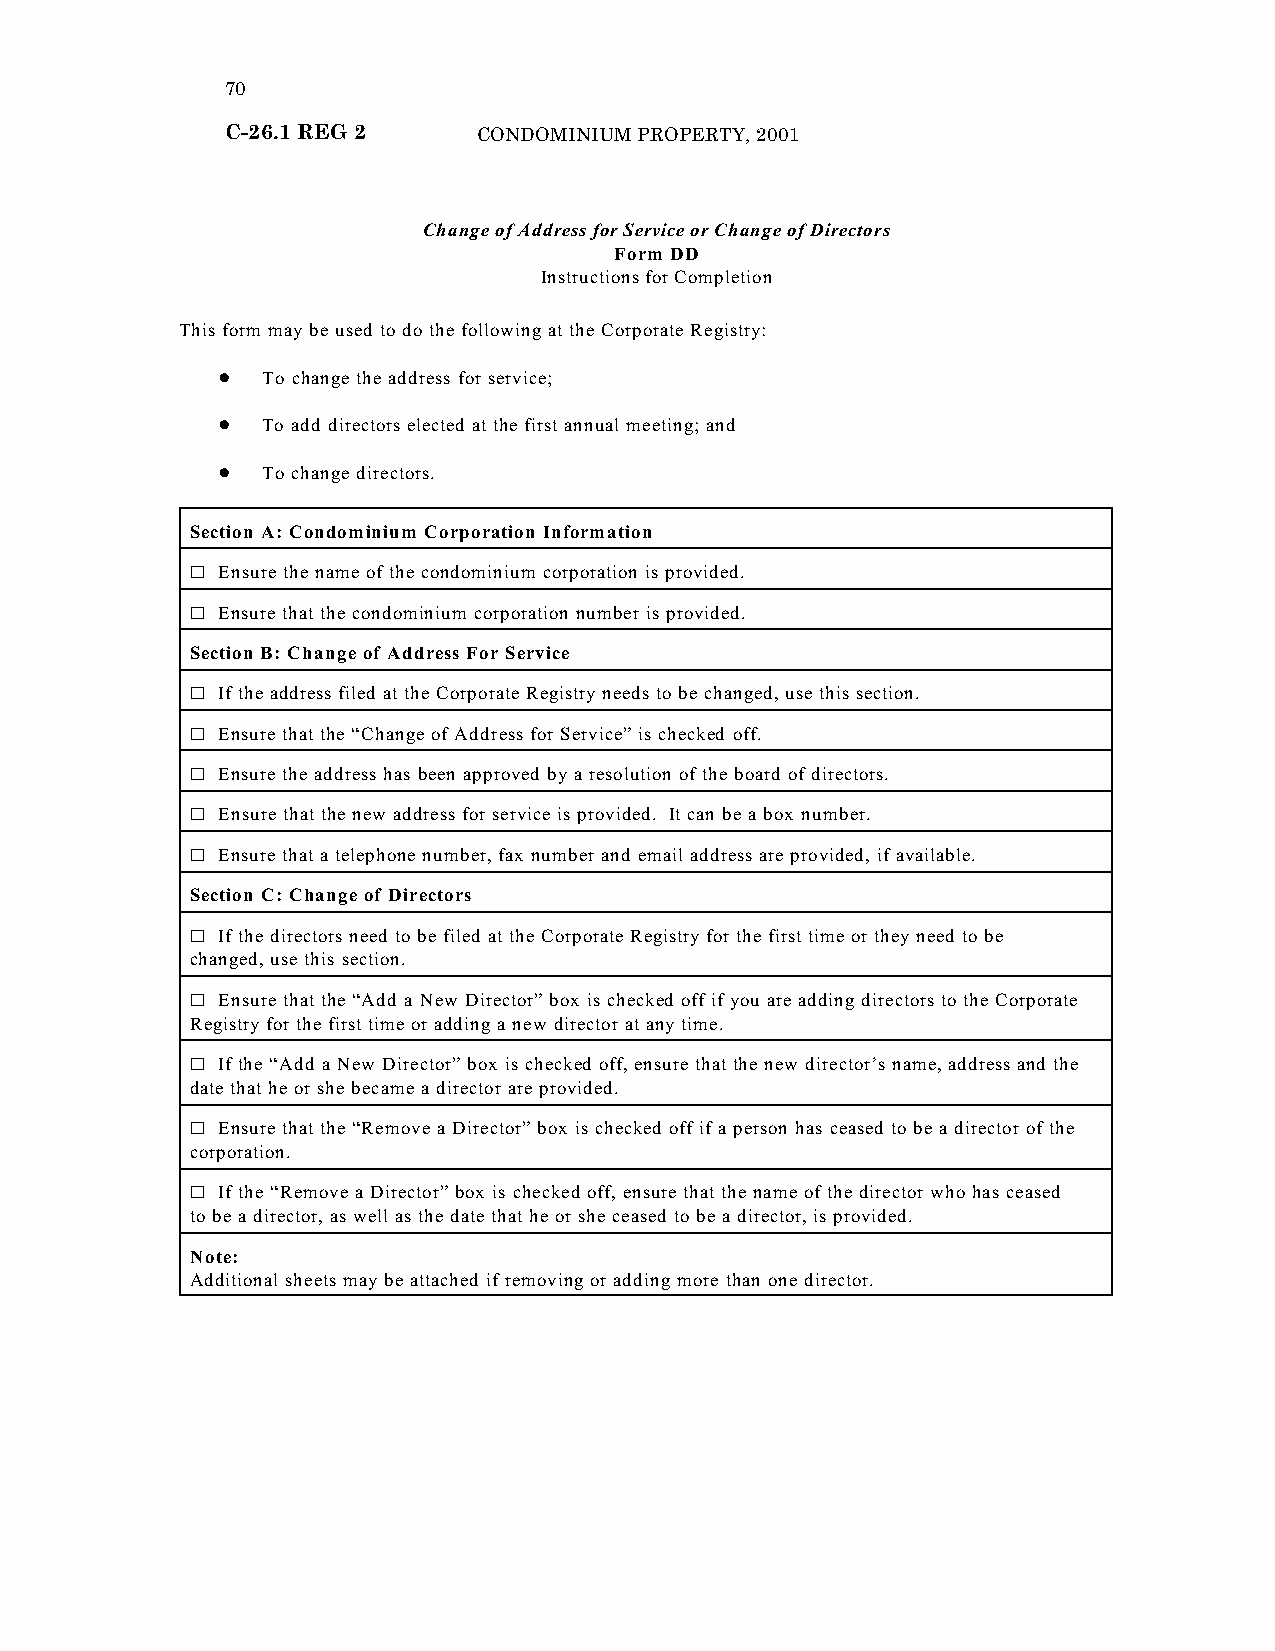
70
 C-26.1 REG 2     CONDOMINIUM PROPERTY, 2001
 Change of Address for Service or Change of Directors
 Form DD
 Instructions for Completion
 This form may be used to do the following at the Corporate Registry:
 !  To change the address for service;
 !  To add directors elected at the first annual meeting; and
 !  To change directors.
 Section A: Condominium Corporation Information
 G Ensure the name of the condominium corporation is provided.
 G Ensure that the condominium corporation number is provided.
 Section B: Change of Address For Service
 G If the address filed at the Corporate Registry needs to be changed, use this section.
 G Ensure that the “Change of Address for Service” is checked off.
 G Ensure the address has been approved by a resolution of the board of directors.
 G Ensure that the new address for service is provided. It can be a box number.
 G Ensure that a telephone number, fax number and email address are provided, if available.
 Section C: Change of Directors
 G If the directors need to be filed at the Corporate Registry for the first time or they need to be
 changed, use this section.
 G Ensure that the “Add a New Director” box is checked off if you are adding directors to the Corporate
 Registry for the first time or adding a new director at any time.
 G If the “Add a New Director” box is checked off, ensure that the new director’s name, address and the
 date that he or she became a director are provided.
 G Ensure that the “Remove a Director” box is checked off if a person has ceased to be a director of the
 corporation.
 G If the “Remove a Director” box is checked off, ensure that the name of the director who has ceased
 to be a director, as well as the date that he or she ceased to be a director, is provided.
 Note:
 Additional sheets may be attached if removing or adding more than one director.